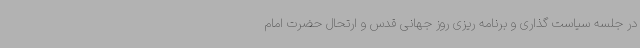
در جلسه سیاست گذاری ‌و برنامه ریزی روز جهانی قدس و ارتحال حضرت امام